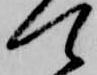
て